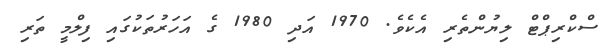
ސްކްރިޕްޓް ލިޔުންތެރި އެކެވެ. 1970 އަދި 1980 ގެ އަހަރުތަކުގައި ފިލްމީ ތަރި